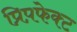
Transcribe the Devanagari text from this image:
प्रिप़फेक्ट